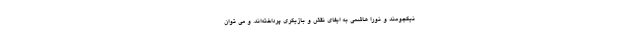
نیکجومند و نورا هاشمی به ایفای نقش و بازیگری پرداخته‌اند. و می توان